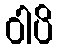
ဝါပိ